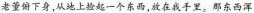
老董俯下身，从地上捡起一个东西，放在我手里。那东西浑